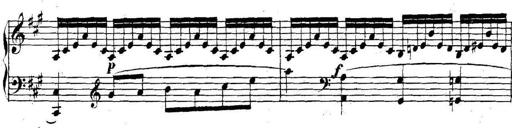
Title: Collected Piano Sonatas
Composer: Muzio Clementi